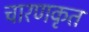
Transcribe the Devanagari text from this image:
चारणकृत